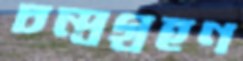
চন্দ্রগ্রহণ